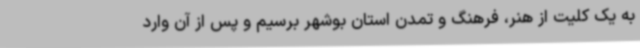
به یک کلیت از هنر، فرهنگ و تمدن استان بوشهر برسیم و پس از آن وارد